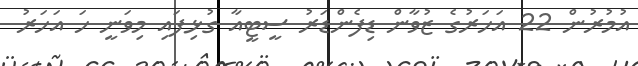
އުމުރުން 22 އަހަރުގެ ޒުވާން ޑިފެންޑަރު ސީޓީއާ ގުޅިފައި މިވަނީ ހަ އަހަރު